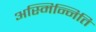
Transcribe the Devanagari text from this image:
अस्मिन्निति